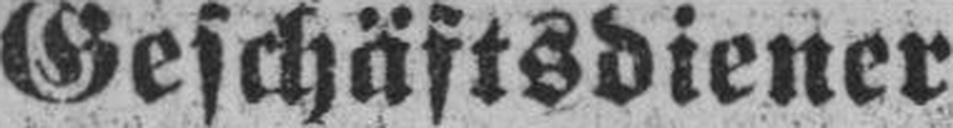
Geschäftsdiener